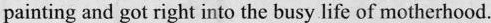
painting and got right into the busy life of motherhood.